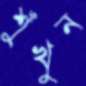
শুঁখুন